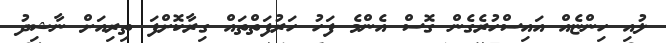
ލުއި ހިންޏެއް އައިސްހުރެގެން ގޮސް އެންމެ ފަހު ހަރުފަތްތައް ގިރާކޮށްފަ ތިރިއަށް ނާޝިދު